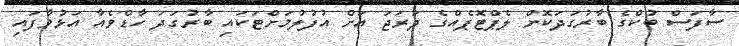
ސާފަސް ބުކްގެ ބާރުގަދަކޮށް ލެޕްޓޮޕެއްގެ ދަރަޖަ އަށް އުފުލުމަށްޓަކައި ބާރުގަދަ ހާޑްވެއާ އަޅުވާފައި